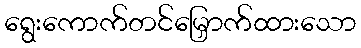
ရွေးကောက်တင်မြှောက်ထားသော